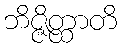
ဘိဇ္ဇိတ္ထာတိ